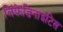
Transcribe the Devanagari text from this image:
लिंफ़ेडिनाइटिस